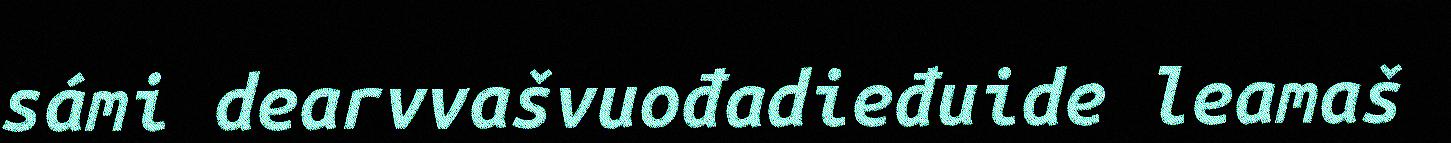
sámi dearvvašvuođadieđuide leamaš